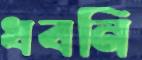
ধবনি